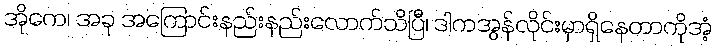
အိုကေ၊ အခု အကြောင်းနည်းနည်းလောက်သိပြီ၊ ဒါကအွန်လိုင်းမှာရှိနေတာကိုအံ့